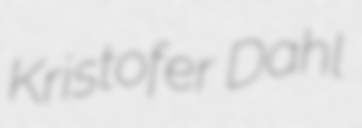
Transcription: Kristofer Dahl